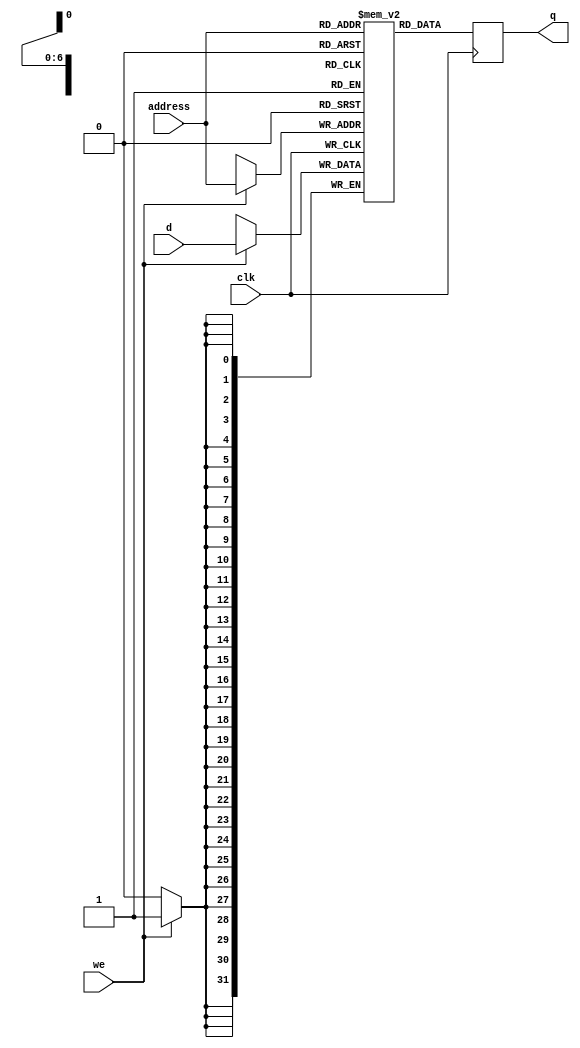
module RAM128x32 
#(
  parameter Data_width = 32,  //Nr of bits in word
            Addr_width = 7  // Nr of address bits
  )
  (  //ports
    input wire clk,
    input wire we,
    input wire [(Addr_width-1):0] address, 
    input wire [(Data_width-1):0] d,
    output wire [(Data_width-1):0] q
  );

/*Signal declaration*/
reg[Data_width-1:0] ram [2**Addr_width-1:0];
/*2-dimensional array for RAM storage*/
reg [Data_width-1:0] data_reg;

	/*Positive edge of the clock*/
	always @(posedge clk)
	begin
		/*Write*/
		if(we)
			/*Store*/
			ram[address] <= d;
		/*Read*/
		data_reg <= ram[address];
	end
	/*Assign output*/
	assign q = data_reg;
endmodule